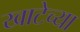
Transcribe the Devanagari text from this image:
खाटेच्या